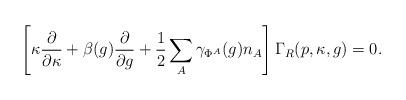
LaTeX: \begin{align*}\left[ \kappa \frac{\partial}{\partial \kappa} + \beta(g)\frac{\partial}{\partial g} + \frac{1}{2} \sum_{A} \gamma_{\Phi^A}(g)n_A\right] \Gamma_R(p,\kappa,g)=0.\end{align*}